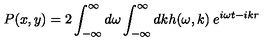
P ( x , y ) = 2 \int _ { - \infty } ^ { \infty } d \omega \int _ { - \infty } ^ { \infty } d k h ( \omega , k ) \: e ^ { i \omega t - i k r }